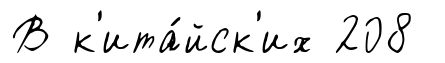
В к'ита́йск'их 208